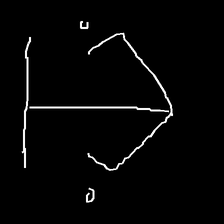
Glyph: earth